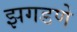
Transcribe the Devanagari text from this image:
झगडणे